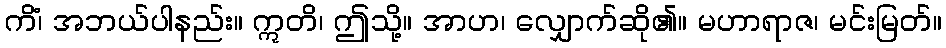
ကိံ၊ အဘယ်ပါနည်း။ ဣတိ၊ ဤသို့။ အာဟ၊ လျှောက်ဆို၏။ မဟာရာဇ၊ မင်းမြတ်။